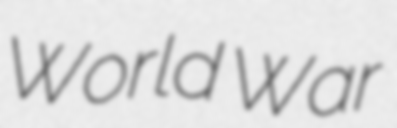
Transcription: World War